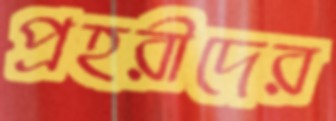
প্রহরীদের